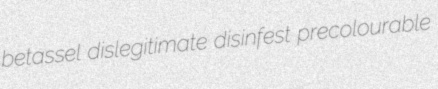
betassel dislegitimate disinfest precolourable